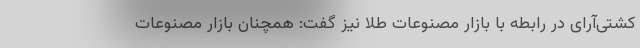
کشتی‌آرای در رابطه با بازار مصنوعات طلا نیز گفت: همچنان بازار مصنوعات